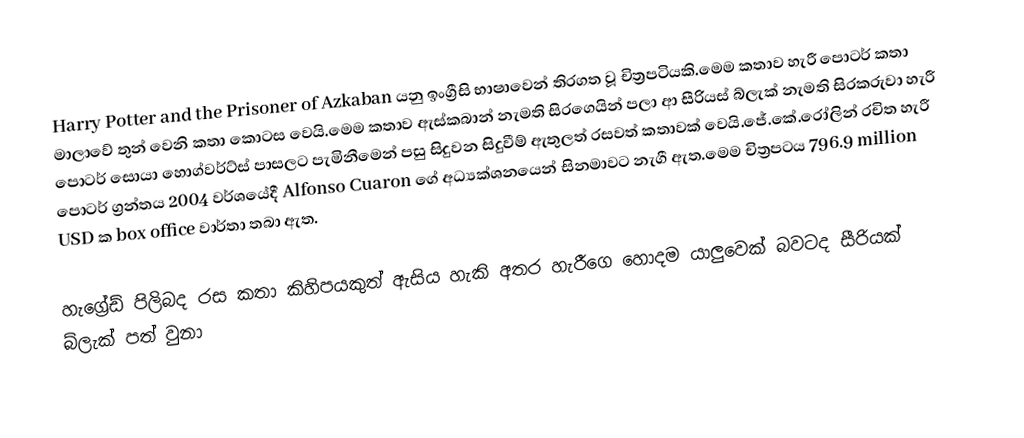
Harry Potter and the Prisoner of Azkaban යනු ඉංග්‍රීසි භාෂාවෙන් තිරගත වූ චිත්‍රපටියකි.මෙම කතාව හැරී පොටර් කතා මාලාවේ තුන් වෙනි කතා කොටස වෙයි.මෙම කතාව ඇස්කබාන් නැමති සිරගෙයින් පලා ආ සීරියස් බ්ලැක් නැමති සිරකරුවා හැරී පොටර් සොයා හොග්වර්ට්ස් පාසලට පැමිනීමෙන් පසු සිදුවන සිදුවීම් ඇතුලත් රසවත් කතාවක් වෙයි.ජේ.කේ.රෝලින් රචිත හැරී පොටර් ග්‍රන්තය 2004 වර්ශයේදී Alfonso Cuaron ගේ අධ්‍යක්ශනයෙන් සිනමාවට නැගී ඇත.මෙම චිත්‍රපටය 796.9 million USD ක box office වාර්තා තබා ඇත.

හැග්‍රේඩ් පිලිබද රස කතා කිහිපයකුත් ඇසිය හැකි අතර හැරීගෙ හොදම යාලුවෙක් බවටද සීරියක් බ්ලැක් පත් වුනා